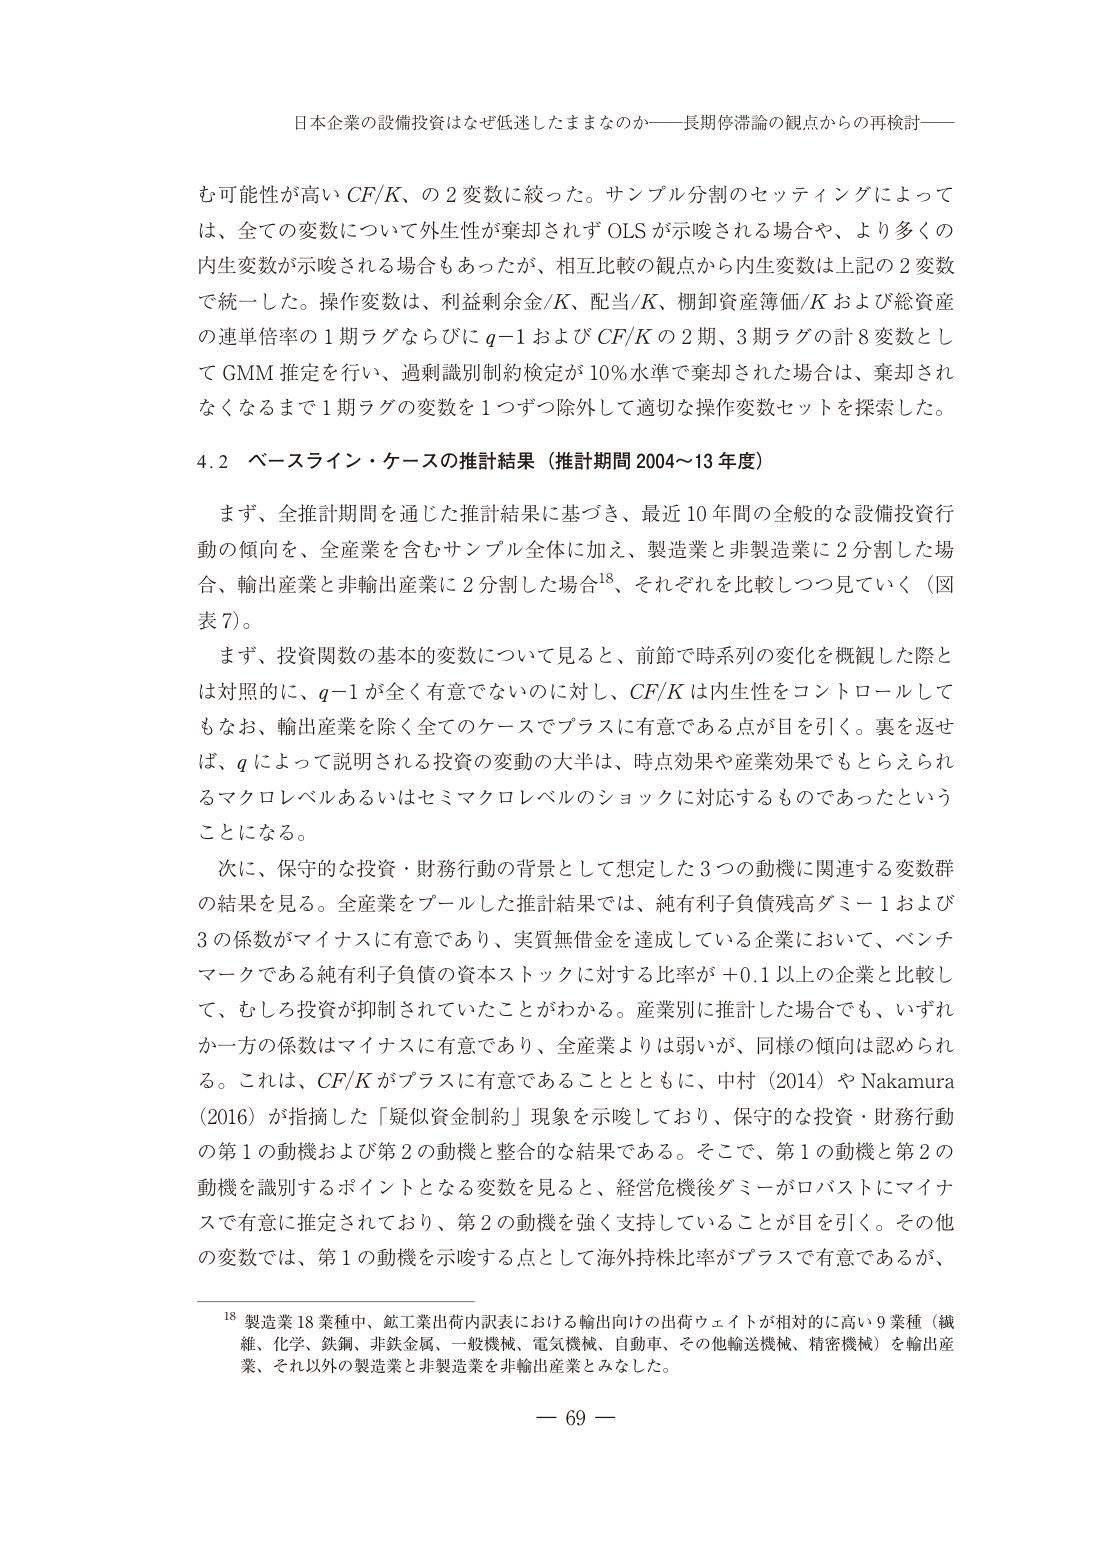
日本企業の設備投資はなぜ低迷したままなのか――長期停滞論の観点からの再検討――

む可能性が高い CF/K、の２変数に絞った。サンプル分割のセッティングによっては、全ての変数について外生性が棄却されず OLS が示唆される場合や、より多くの内生変数が示唆される場合もあったが、相互比較の観点から内生変数は上記の２変数で統一した。操作変数は、利益剰余金/K、配当/K、棚卸資産簿価/K および総資産の連単倍率の１期ラグならびに q−1 および CF/K の２期、３期ラグの計８変数として GMM 推定を行い、過剰識別制約検定が 10%水準で棄却された場合は、棄却されなくなるまで１期ラグの変数を１つずつ除外して適切な操作変数セットを探索した。

4.2 ベースライン・ケースの推計結果（推計期間 2004～13 年度）

まず、全推計期間を通じた推計結果に基づき、最近 10 年間の全般的な設備投資行動の傾向を、全産業を含むサンプル全体に加え、製造業と非製造業に２分割した場合、輸出産業と非輸出産業に２分割した場合¹⁸、それぞれを比較しつつ見ていく（図表 7）。

まず、投資関数の基本的変数について見ると、前節で時系列の変化を概観した際とは対照的に、q−1 が全く有意でないのに対し、CF/K は内生性をコントロールしてもなお、輸出産業を除く全てのケースでプラスに有意である点が目を引く。裏を返せば、q によって説明される投資の変動の大半は、時点効果や産業効果でもとらえられるマクロレベルあるいはセミマクロレベルのショックに対応するものであったということになる。

次に、保守的な投資・財務行動の背景として想定した３つの動機に関連する変数群の結果を見る。全産業をプールした推計結果では、純有利子負債残高ダミー−1 および３の係数がマイナスに有意であり、実質無借金を達成している企業において、ベンチマークである純有利子負債の資本ストックに対する比率が +0.1 以上の企業と比較して、むしろ投資が抑制されていたことがわかる。産業別に推計した場合でも、いずれか一方の係数はマイナスに有意であり、全産業よりは弱いが、同様の傾向は認められる。これは、CF/K がプラスに有意であることとともに、中村（2014）や Nakamura（2016）が指摘した「疑似資金制約」現象を示唆しており、保守的な投資・財務行動の第１の動機および第２の動機と整合的な結果である。そこで、第１の動機と第２の動機を識別するポイントとなる変数を見ると、経営危機後ダミーがロバストにマイナスで有意に推定されており、第２の動機を強く支持していることが目を引く。その他 の変数では、第１の動機を示唆する点として海外持株比率がプラスで有意であるが、

¹⁸ 製造業 18 業種中、鉱工業出荷内訳表における輸出向けの出荷ウェイトが相対的に高い 9 業種（繊維、化学、鉄鋼、非鉄金属、一般機械、電気機械、自動車、その他輸送機械、精密機械）を輸出産業、それ以外の製造業と非製造業を非輸出産業とみなした。

— 69 —